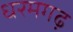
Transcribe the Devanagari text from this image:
धरमगढ़